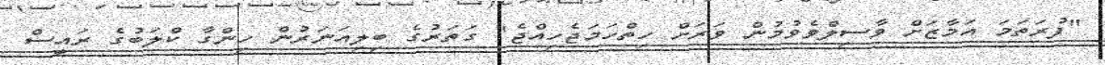
"ފުރަތަމަ އަމާޒަށް ވާސިލްވެވުމުން ވަރަށް ހިތްހަމަޖެހިއްޖެ" ގަތަރުގެ ބިލިއަނަރުން ހިންގާ ކްލަބުގެ ރައީސް